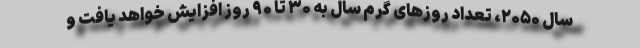
سال ۲۰۵۰، تعداد روزهای گرم سال به ۳۰ تا ۹۰ روز افزایش خواهد یافت و